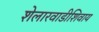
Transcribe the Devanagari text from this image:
शेलारवाडीशिवाय